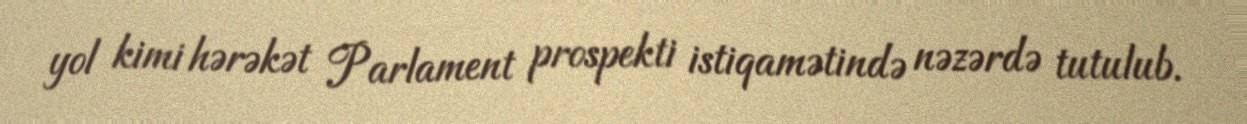
yol kimi hərəkət Parlament prospekti istiqamətində nəzərdə tutulub.